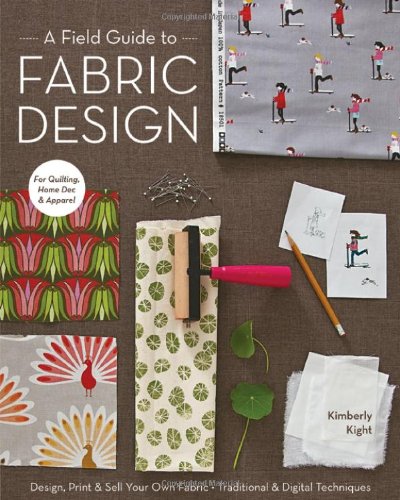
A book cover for A Field Guide to Fabric Design: Design, Print & Sell Your Own Fabric; Traditional & Digital Techniques; For Quilting, Home Dec & Apparel; Kim Kight; Crafts, Hobbies & Home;